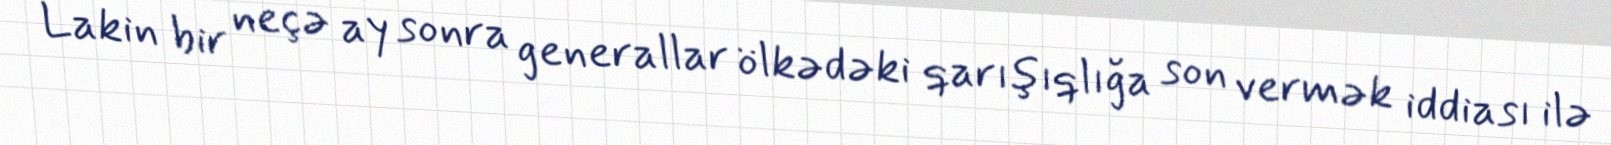
Lakin bir neçə ay sonra generallar ölkədəki qarışıqlığa son vermək iddiası ilə